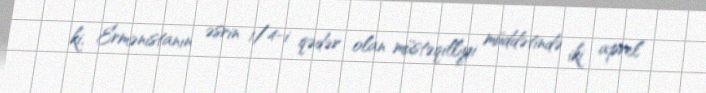
ki, Ermənistanın əsrin 1/4-i qədər olan müstəqilliyi müddətində iki aprel